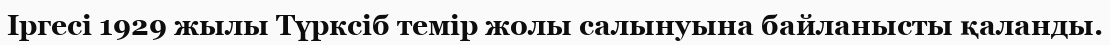
Іргесі 1929 жылы Түрксіб темір жолы салынуына байланысты қаланды.